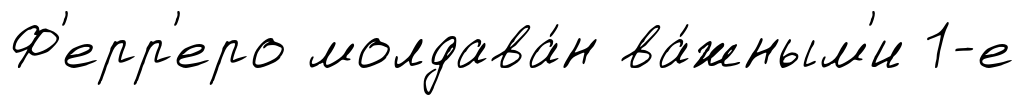
Ф'ерр'еро молдава́н ва́жным'и 1-е